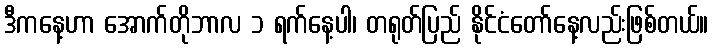
ဒီကနေ့ဟာ အောက်တိုဘာလ ၁ ရက်နေ့ပါ၊ တရုတ်ပြည် နိုင်ငံတော်နေ့လည်းဖြစ်တယ်။